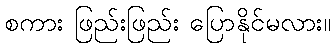
စကား ဖြည်းဖြည်း ပြောနိုင်မလား။